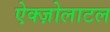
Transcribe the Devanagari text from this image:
ऐक्ज़ोलाटल